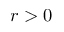
r > 0